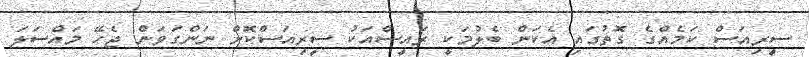
ސީރިއަސް ކަމެއްގެ ގޮތުގައި އެކަން ބެލުމަކީ ރައީސްއަކު ސީރިއަސްކޮށް ނަންގަވަން ޖެހޭ މައްސަލަ